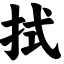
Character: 拭